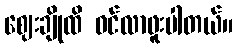
ဈေးချိုထိ ဝင်လာဖူးပါတယ်။